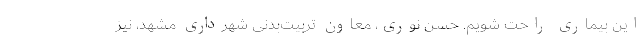
این بیماری راحت شویم. حسن نوری، معاون تربیت‌بدنی شهرداری مشهد، نیز